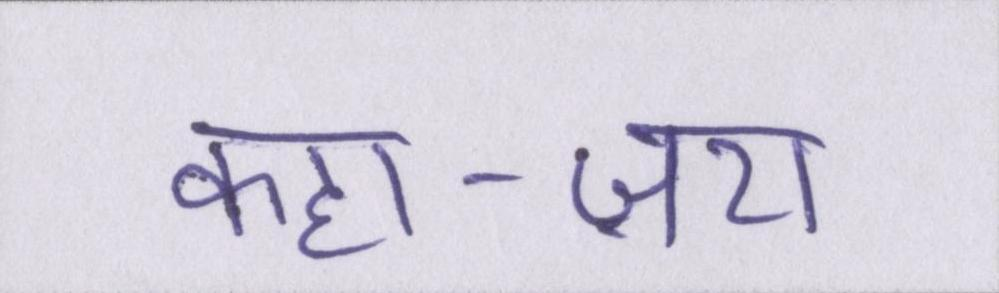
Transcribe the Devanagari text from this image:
कहा-ज़रा